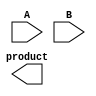
module radix4_multiplier #(
    parameter N = 8  // Bit-width of the input operands
)(
    input signed [N-1:0] A,  // Multiplicand
    input signed [N-1:0] B,  // Multiplier
    output reg signed [2*N-1:0] product  // Product output
);

    reg signed [2*N-1:0] partial_products [0:3];  // Store partial products
    reg [2:0] B_enc;  // Encoded bits of B
    reg [N-1:0] A_shifted;  // Shifted multiplicand
    integer i;

    always @(A, B) begin
        // Initialize product
        product = 0;

        // Extend B and manage the control bits for Booth's algorithm
        for (i = 0; i < (N/2) + 1; i = i + 1) begin
            // Encode the next two bits of B
            B_enc = {B[2*i+1], B[2*i], (i == (N/2) ? 1'b0 : B[2*i+2])}; // manage overflow
            
            case (B_enc)
                3'b000: partial_products[i] = 0;                      // 00: No operation
                3'b001: partial_products[i] = A << (2*i);            // 01: Add A
                3'b010: partial_products[i] = A << (2*i);            // 10: Subtract A (will subtract later)
                3'b011: partial_products[i] = (A << (2*i)) << 1;     // 11: Add 2A
                3'b100: partial_products[i] = -(A << (2*i));         // 10: Subtract A
                default: partial_products[i] = 0;
            endcase
        end

        // Accumulate the partial products
        for (i = 0; i < (N/2) + 1; i = i + 1) begin
            product = product + partial_products[i];
        end
    end

endmodule